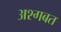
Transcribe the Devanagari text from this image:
अश्गबत